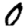
Digit: 0